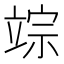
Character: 𥪗